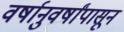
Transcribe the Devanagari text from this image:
वर्षानुवर्षांपासून